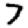
Digit: 7